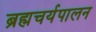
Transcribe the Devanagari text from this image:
ब्रह्मचर्यपालन